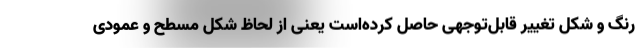
رنگ و شکل تغییر قابل‌توجهی حاصل کرده‌است یعنی از لحاظ شکل مسطح و عمودی